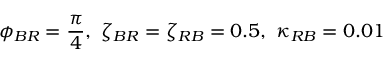
\phi _ { B R } = \frac { \pi } { 4 } , \ \zeta _ { B R } = \zeta _ { R B } = 0 . 5 , \ \kappa _ { R B } = 0 . 0 1